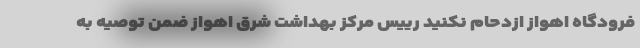
فرودگاه اهواز ازدحام نکنید رییس مرکز بهداشت شرق اهواز ضمن توصیه به